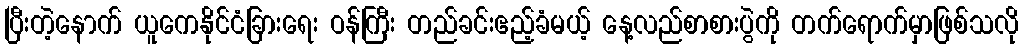
ပြီးတဲ့နောက် ယူကေနိုင်ငံခြားရေး ဝန်ကြီး တည်ခင်းဧည့်ခံမယ့် နေ့လည်စာစားပွဲကို တက်ရောက်မှာဖြစ်သလို